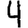
Digit: 4